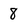
Character: 8